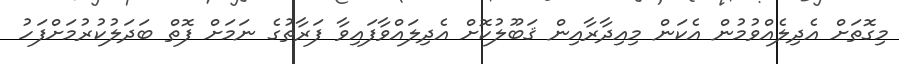
މިގޮތަށް އެދިލެއްވުމުން އެކަން މިއިދާރާއިން ޤަބޫލުކޮށް އެދިލައްވާފައިވާ ފަރާތުގެ ނަމަށް ފޮތް ބަދަލުކުރުމަށްފަހު